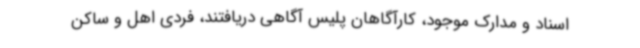
اسناد و مدارک موجود، کارآگاهان پلیس آگاهی دریافتند، فردی اهل و ساکن